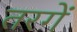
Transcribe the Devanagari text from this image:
तरगें